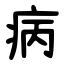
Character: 病